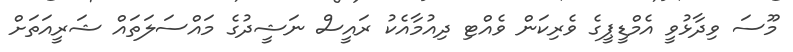
މޫސަ ވިދާޅުވީ އެމްޑީޕީގެ ވެރިކަން ވެއްޓި ދިއުމާއެކު ރައީސް ނަޝީދުގެ މައްސަލަަތައް ޝަރީއަތަށް